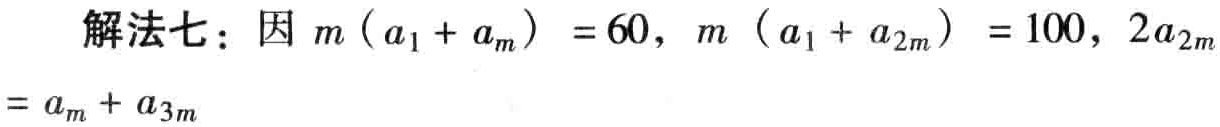
解法七：因 \(m(a_1 + a_m) = 60\)，\(m(a_1 + a_{2m}) = 100\)，\(2a_{2m}= a_m + a_{3m}\)